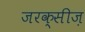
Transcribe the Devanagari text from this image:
जरक्सीज़